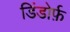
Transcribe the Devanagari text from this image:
डिंडोर्फ़